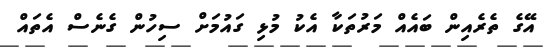
އޭގެ ތެރެއިން ބައެއް މަރުތަކާ އެކު މުޅި ގައުމަށް ސިހުން ގެނެސް އެތައް